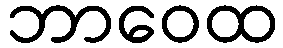
ဘာဝေထ